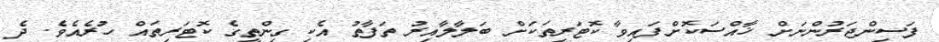
ފަސިންޖަރުންނަށް ޚާއްސަކޮށްފައިވާ ކޮޓަރިތަކަށް ބަލާލާއިރު ތަފާތު އެކި ގިންތީގެ ކޮޓަރިތައް ހުރެއެވެ. ދެ